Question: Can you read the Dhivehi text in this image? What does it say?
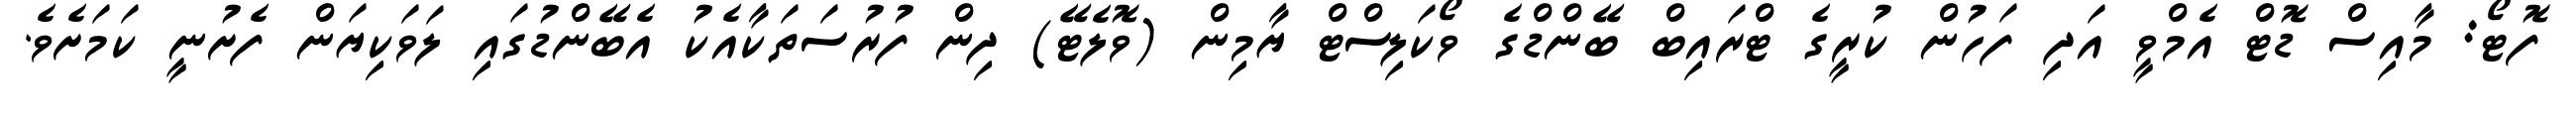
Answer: ފޮޓޯ: މާއިސް ޑޮޓް އެމްވީ އަދި ފަހުން ކުރީގެ ޓްރައިބް ބޭންޑްގެ ވޯކަލިސްޓް ޔާމިން (ވޮލެޓޭ) ދިން ފުރުސަތަކާއެކު އެބޭންޑުގައި ލަވަކިޔަން ފެށުނީ ކަމަށެވެ.